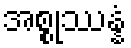
အစ္စုဿန္နံ